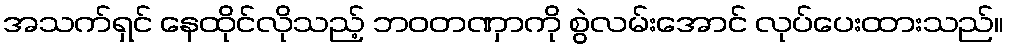
အသက်ရှင် နေထိုင်လိုသည့် ဘဝတဏှာကို စွဲလမ်းအောင် လုပ်ပေးထားသည်။